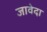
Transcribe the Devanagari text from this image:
जावेदा